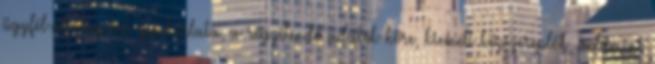
ügyfél-átvilágítás gyakorlata, a rögzítendő adatok köre, kiemelt közszereplők, valamint